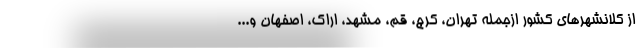
از کلانشهرهای کشور ازجمله تهران، کرج، قم، مشهد، اراک، اصفهان و...